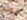
هوك